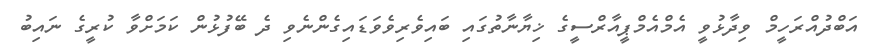
އަބްދުއްރަހީމް ވިދާޅުވީ އެމްއެމްޕީއާރްސީގެ ޚިޔާނާތުގައި ބައިވެރިވެވަޑައިގެންނެވި ދެ ބޭފުޅުން ކަމަށްވާ ކުރީގެ ނައިބު